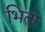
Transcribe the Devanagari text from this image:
भिता